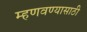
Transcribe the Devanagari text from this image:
म्हणवण्यासाठी